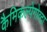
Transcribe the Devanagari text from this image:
कैमिकल्पेगोव्दा